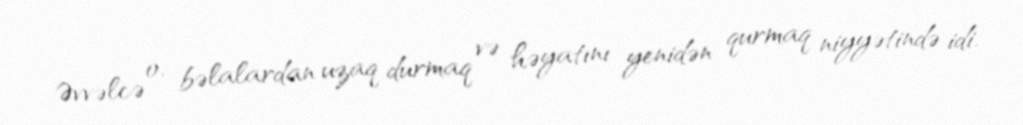
Əvvəlcə o, bəlalardan uzaq durmaq və həyatını yenidən qurmaq niyyətində idi.